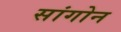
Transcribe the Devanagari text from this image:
सांगोन